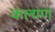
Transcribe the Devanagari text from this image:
कल्यण